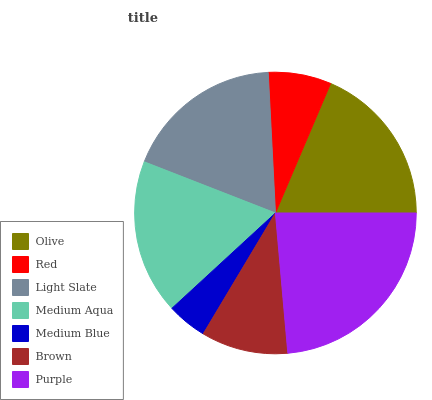
| Olive | Red | Light Slate | Medium Aqua | Medium Blue | Brown | Purple |
 | --- | --- | --- | --- | --- | --- | --- |
 | 18.6% | 7.22% | 18.3% | 17.8% | 4.58% | 9.97% | 23.5% |